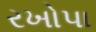
રખોપા